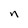
Character: n